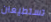
تستطيعان